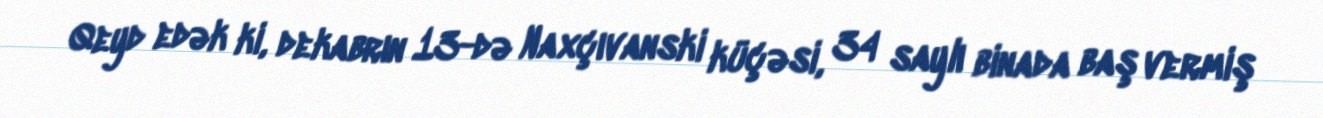
Qeyd edək ki, dekabrın 13-də Naxçıvanski küçəsi, 34 saylı binada baş vermiş